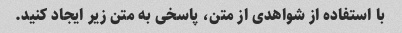
با استفاده از شواهدی از متن، پاسخی به متن زیر ایجاد کنید.